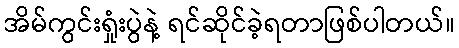
အိမ်ကွင်းရှုံးပွဲနဲ့ ရင်ဆိုင်ခဲ့ရတာဖြစ်ပါတယ်။